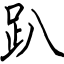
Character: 趴